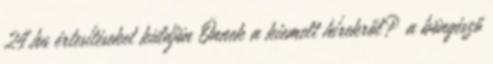
24.hu értesítéseket küldjön Önnek a kiemelt hírekről? a böngésző